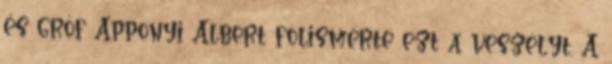
és gróf Apponyi Albert fölismerte ezt a veszélyt. A